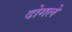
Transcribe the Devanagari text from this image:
दोगले